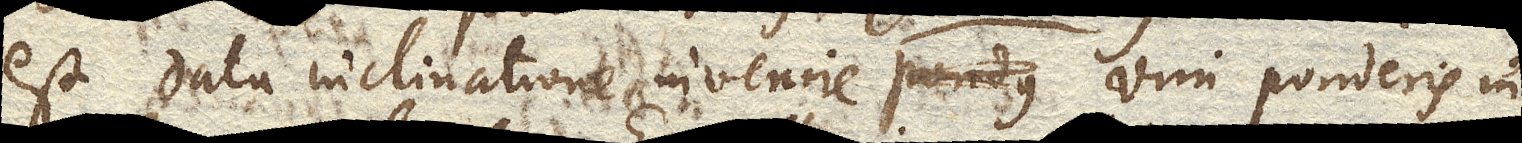
est data inclinatione invenire pondus vim ponderis in